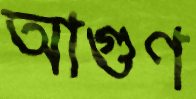
আগুণ